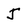
Character: J